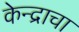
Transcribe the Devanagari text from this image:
केन्द्राचा